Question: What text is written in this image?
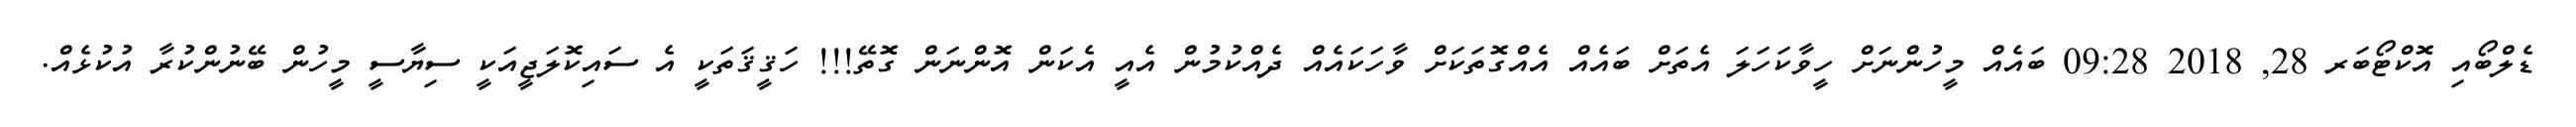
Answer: ޑެލްބޯއި އޮކްޓޯބަރ 28, 2018 09:28 ބައެއް މީހުންނަށް ހީވާކަހަލަ އެތަށް ބައެއް އެއްގޮތަކަށް ވާހަކައެއް ދެއްކުމުން އެއީ އެކަން އޮންނަން ގޮތޭ!!! ހަޤީޤަތަކީ އެ ސައިކޮލަޖީއަކީ ސިޔާސީ މީހުން ބޭނުންކުރާ އުކުޅެއް.